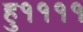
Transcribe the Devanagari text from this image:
हु११११